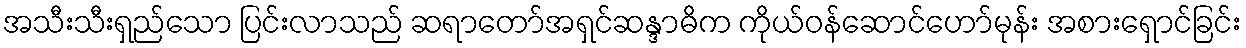
အသီးသီးရှည်သော ပြင်းလာသည် ဆရာတော်အရှင်ဆန္ဒာဓိက ကိုယ်ဝန်ဆောင်ဟော်မုန်း အစားရှောင်ခြင်း